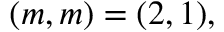
( m , m ) = ( 2 , 1 ) ,